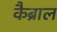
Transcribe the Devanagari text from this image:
कैब्राल